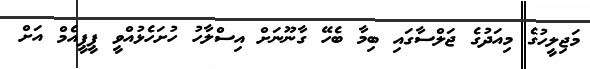
މަޖިލީހުގެ މިއަދުގެ ޖަލްސާގައި ބިމާ ބެހޭ ގާނޫނަށް އިސްލާހު ހުށަހެޅުއްވީ ޕީޕީއެމް އަށް